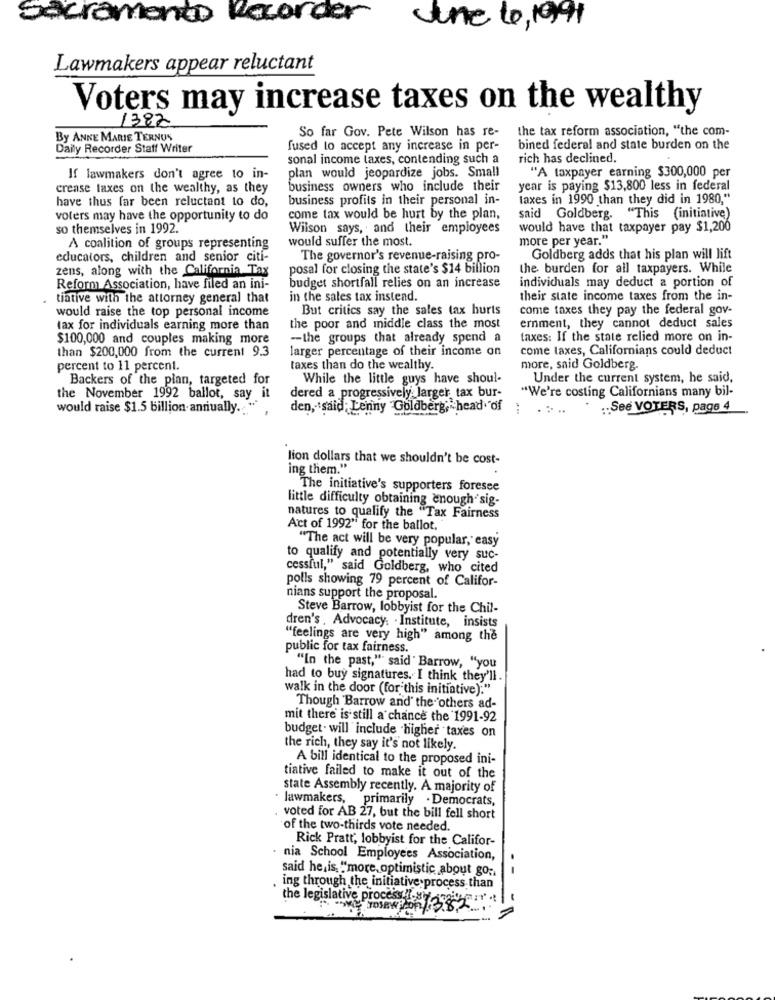
Sacramento Recorder
the to, 19999
Lawmakers appear reluctant
Voters may increase taxes on the wealthy
1382
the tax reform association, "the com-
By ANNE MARIE TERNOS
So far Gov. Pete Wilson has re-
Daily Recorder Staff Writer
fused to accept any increase in per-
bined federal and state burden on the
sonal income taxes, contending such a
rich has declined.
"A taxpayer earning $300,000 per
If lawmakers don't agree to in-
plan would jeopardize jobs. Small
crease taxes on the wealthy, as they
business owners who include their
year is paying $13,800 less in federal
have thus far been reluctant to do,
business profits in their personal in-
taxes in 1990 than they did in 1980,"
voters may have the opportunity to do
come tax would be hurt by the plan,
said Goldberg. "This (initiative)
so themselves in 1992.
Wilson says, and their employees
would have that taxpayer pay $1,200
would suffer the most.
more per year."
A coalition of groups representing
educators, children and senior citi-
The governor's revenue-raising pro-
Goldberg adds that his plan will lift
zens, along with the California Tax
posal for closing the state's $14 billion
the burden for all taxpayers. While
Reform Association, have filed an ini-
budget shortfall relies on an increase
individuals may deduct a portion of
.
tiative with the attorney general that
in the sales tax instend.
their state income taxes from the in-
would raise the top personal income
But critics say the sales tax hurts
come taxes they pay the federal gov-
tax for individuals earning more than
the poor and middle class the most
ernment, they cannot deduct sales
$100,000 and couples making more
-the groups that already spend a
taxes: If the state relied more on in-
than $200,000 from the current 9.3
larger percentage of their income on
come taxes, Californians could deduct
percent to 11 percent.
taxes than do the wealthy.
more, said Goldberg.
Backers of the plan, targeted for
While the little guys have shoul-
Under the current system, he said,
"We're costing Californians many bil-
the November 1992 ballot, say it
dered a progressively larger tax bur-
would raise $1.5 billion- annually .. "
den, said , Lenny Goldberg, head of
:: See VOTERS, page 4
lion dollars that we shouldn't be cost-
ing them."
The initiative's supporters foresee
little difficulty obtaining enough sig-
natures to qualify the "Tax Fairness
Act of 1992" for the ballot.
"The act will be very popular, easy
to qualify and potentially very suc-
cessful," said Goldberg, who cited
polls showing 79 percent of Califor-
nians support the proposal.
Steve Barrow, lobbyist for the Chil-
dren's . Advocacy. . Institute, insists
"feelings are very high" among the
public for tax fairness.
"In the past," said ' Barrow, "you
had to buy signatures. I think they'll.
walk in the door (for this initiative):"
Though Barrow and' the 'others ad-
mit there is still a chance the 1991-92
budget . will include higher taxes on
the rich, they say it's not likely.
A bill identical to the proposed ini-
tiative failed to make it out of the
state Assembly recently. A majority of
· lawmakers, primarily . Democrats,
voted for AB 27, but the bill fell short
of the two-thirds vote needed.
Rick Pratt, lobbyist for the Califor-
nia School Employees Association,
said he is "more, optimistic about go;
-
ing through the initiative process than
the legislative process esit-rai